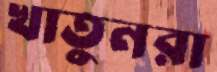
খাতুনরা